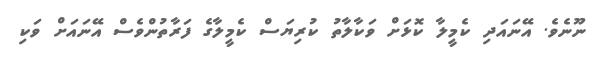
ނޫނެވެ. އޭނައަދި ކެމީލާ ކޮޅަށް ވަކާލާތު ކުރިޔަސް ކެމީލާގެ ފަރާތުންވެސް އޭނައަށް ވަކި